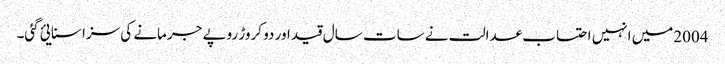
2004میں انہیں احتساب عدالت نے سات سال قید اور دو کروڑ روپے جرمانے کی سزا سنایئ گئی۔